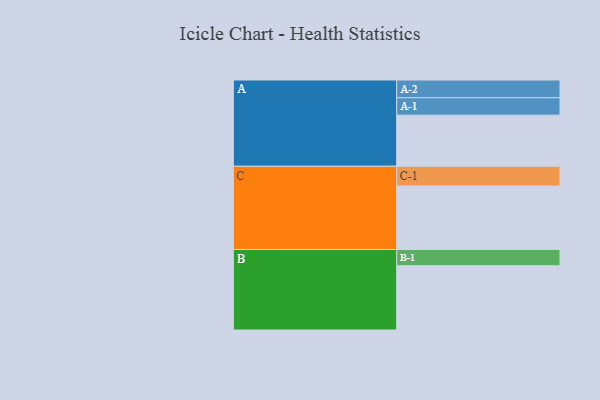
{"axis": {"x": "Segment", "y": "Value"}, "legend": ["", "A", "B", "C"], "data": [{"x": "A", "y": 435, "type": ""}, {"x": "B", "y": 547, "type": ""}, {"x": "C", "y": 540, "type": ""}, {"x": "A-1", "y": 148, "type": "A"}, {"x": "A-2", "y": 151, "type": "A"}, {"x": "B-1", "y": 138, "type": "B"}, {"x": "C-1", "y": 168, "type": "C"}]}